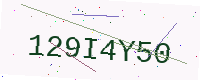
Text: 129I4Y50